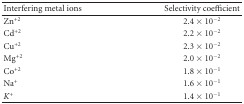
<table><thead><tr><td><b>Interfering metal ions</b></td><td><b>Selectivity coefficient</b></td></tr></thead><tbody><tr><td>Zn<sup>+2</sup></td><td>2.4 × 10<sup>−2</sup></td></tr><tr><td>Cd<sup>+2</sup></td><td>2.2 × 10<sup>−2</sup></td></tr><tr><td>Cu<sup>+2</sup></td><td>2.3 × 10<sup>−2</sup></td></tr><tr><td>Mg<sup>+2</sup></td><td>2.0 × 10<sup>−2</sup></td></tr><tr><td>Co<sup>+2</sup></td><td>1.8 × 10<sup>−1</sup></td></tr><tr><td>Na<sup>+</sup></td><td>1.6 × 10<sup>−1</sup></td></tr><tr><td><i>K<sup>+</sup></i></td><td>1.4 × 10<sup>−1</sup></td></tr></tbody></table>